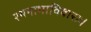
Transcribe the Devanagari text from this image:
रथनाभाविवाराः।